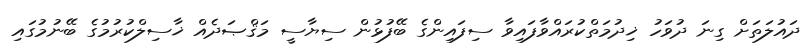
ދައުލަތަށް ގިނަ ދުވަހު ޚިދުމަތްކުރައްވާފައިވާ ސިފައިންގެ ބޭފުޅުން ސިޔާސީ މަޤްޞަދެއް ޚާސިލްކުރުމުގެ ބޭނުމުގައި